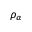
\rho _ { \alpha }